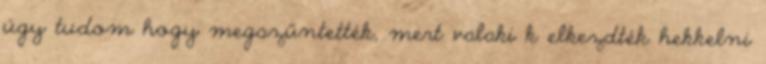
úgy tudom hogy megszűntették, mert valaki k elkezdték hekkelni